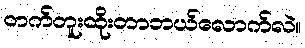
တက်တူးထိုးတာဘယ်လောက်လဲ။